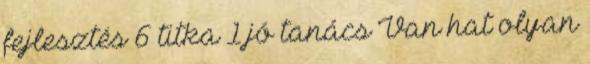
fejlesztés 6 titka 1 jó ta­nács Van hat olyan